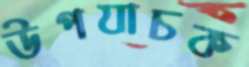
উপযাচক